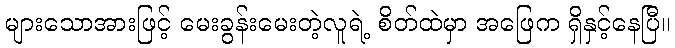
များသောအားဖြင့် မေးခွန်းမေးတဲ့လူရဲ့ စိတ်ထဲမှာ အဖြေက ရှိနှင့်နေပြီ။